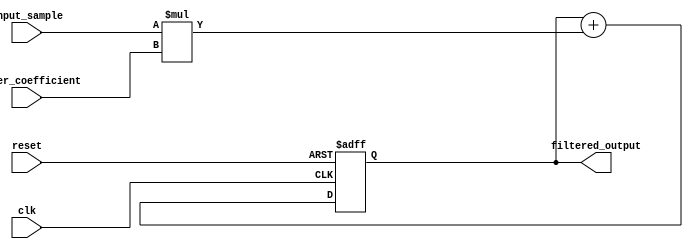
module iir_filter_accumulator (
    input wire clk,
    input wire reset,
    input wire [15:0] input_sample,
    input wire signed [15:0] filter_coefficient,
    output reg signed [31:0] filtered_output
);

reg signed [31:0] accumulator;

always @(posedge clk or posedge reset) begin
    if(reset) begin
        accumulator <= 0;
    end else begin
        accumulator <= accumulator + (input_sample * filter_coefficient);
    end
end

assign filtered_output = accumulator;

endmodule